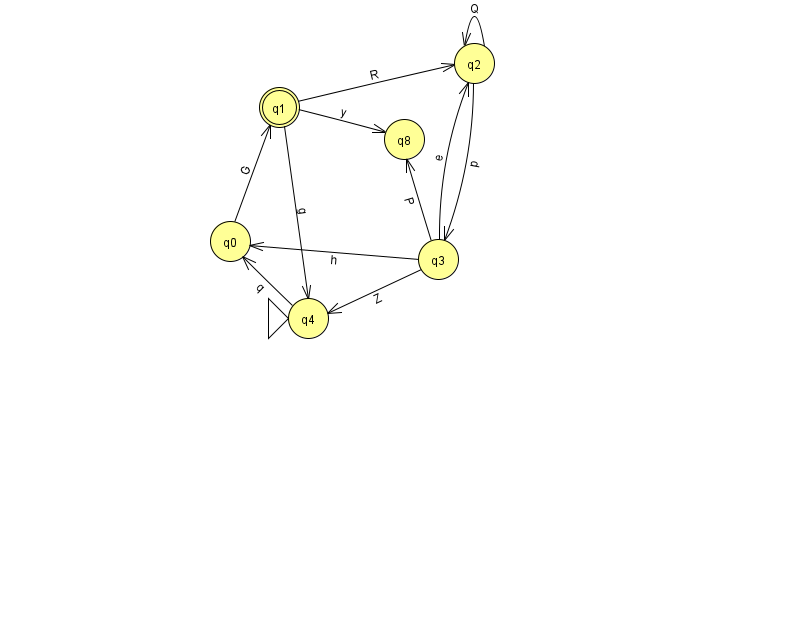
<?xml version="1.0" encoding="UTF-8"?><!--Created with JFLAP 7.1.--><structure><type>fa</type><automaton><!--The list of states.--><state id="0" name="q0"><x>230.0</x><y>228.0</y></state><state id="1" name="q1"><x>279.0</x><y>94.0</y><final/></state><state id="2" name="q2"><x>474.0</x><y>50.0</y></state><state id="3" name="q3"><x>438.0</x><y>246.0</y></state><state id="4" name="q4"><x>308.0</x><y>305.0</y><initial/></state><state id="8" name="q8"><x>404.0</x><y>126.0</y></state><!--The list of transitions.--><transition><from>1</from><to>4</to><read>g</read></transition><transition><from>2</from><to>2</to><read>Q</read></transition><transition><from>3</from><to>4</to><read>Z</read></transition><transition><from>2</from><to>3</to><read>p</read></transition><transition><from>3</from><to>2</to><read>e</read></transition><transition><from>3</from><to>0</to><read>h</read></transition><transition><from>3</from><to>8</to><read>P</read></transition><transition><from>0</from><to>1</to><read>G</read></transition><transition><from>4</from><to>0</to><read>q</read></transition><transition><from>1</from><to>8</to><read>y</read></transition><transition><from>1</from><to>2</to><read>R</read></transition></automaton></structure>